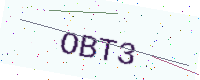
Text: OBT3